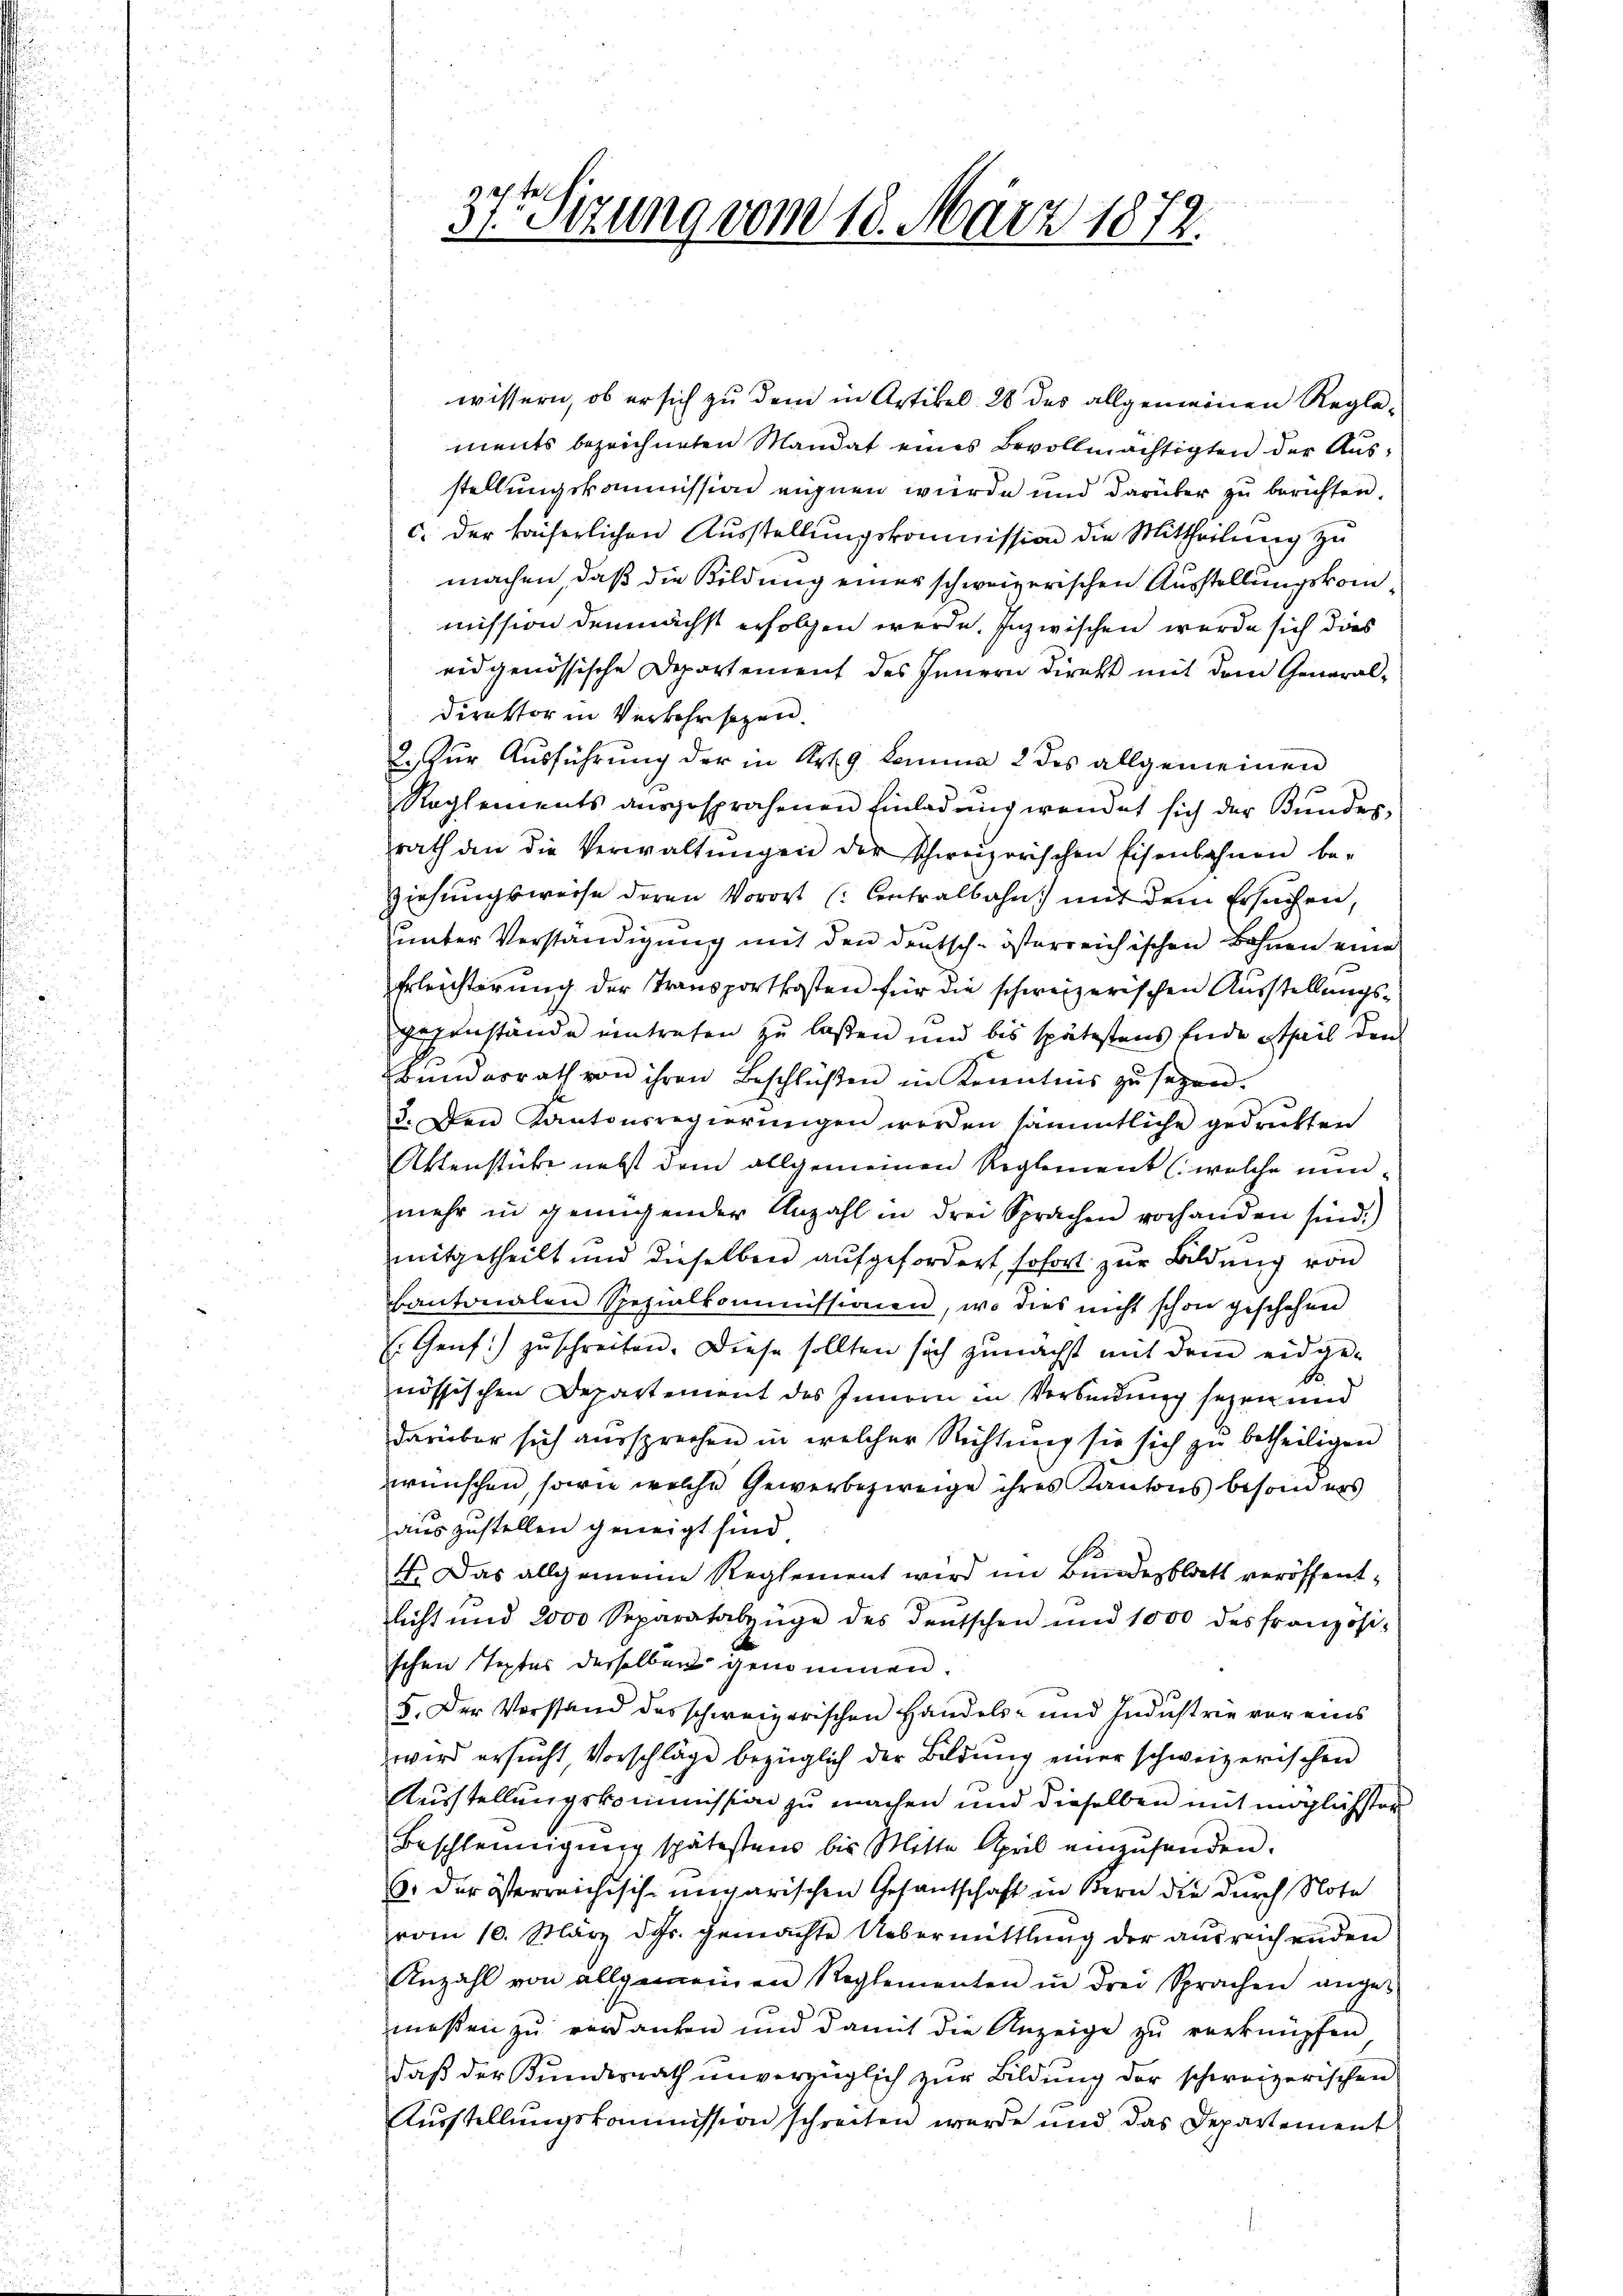
wissern, ob er sich zu dem in Artikel 28 des allgemeinen Regle-
ments bezeichneten Mandat eines Bevollmächtigten der Ausstellungskommission eignen wurde und darüber zu berichten,
c. der kaiserlichen Ausstellungskommission die Mittheilung zu
machen, daß die Bildung einer schweizerischen Ausstellungskom
mission demnächst erfolgen werde. Inzwischen werde sich dies
eidgenössische Departement des Innern direkt mit dem General¬
Direktor in Verkehrsezen.
2. für Aŭsführung der in Art. 9 komma 2 des allgemeinen
f.
Reglements aŭsgesprochenen Einladŭng wendet sich der Bundes,
srath an die Verwaltungen der schweizerischen Eisenbahnen be-
ziehungsweise deren Vorort (: Centralbahn mit dem Ersuchen,
unter Verständigung mit den deutsch-österreichischen Bahnen eine
Erleisterung der Transportkosten für die schweizerischen Ausstellungsgegenstände eintrafen zu laßen und bis spätestens Ende theil den
Bundesrath von ihren Beschlüßen in Kenntnis zu sagen.
3. Den Kantonsregierŭngen werden sämmtliche gedruckten
Aktenstücke nebst dem allgemeinen Reglement (welche minmehr in genügender Anzahl in drei Sprachen vorhanden sind.)
mitgetheilt und dieselben aufgefordert, sofort zur Bildung von
kantonalen Spezialkommissionen, wo dies nicht schon geschehen
E. Genf zu schreiben. Diese sollten sich zunächst mit dem eidge-
nössischen Departement des Innern in Versinnung seyen und
darüber sich aussprechen in welcher Richtung sie sich zu betheiligen
wünschen, sowie welche Gewerbezweige ihres Kantons besonders
auszustellen geneigt sind.
15
4. Das allgemeine Reglement wird im Bundesblatt veröffentlicht und 2000 Separatabzüge des deutschen und 1000 des französi-
schen Textes derselben genommen.
5. Der Vorstand des schweizerischen Handels- und Industrie vor eins
wird ersŭcht Vorschläge bezüglich der Bildung einer schweizerischen
Ausstellungskommission zu machen und dieselben mit möglichsten
Beschleunigung spätestens bis Mitte April einzuhanden.
6. der österreichische ungarischen Gesantschaft in Bern die durch Note
vom 10. März ds. gemachte Uebermittlung der ausreichenden
Anzahl von allgemeinen Reglementen in drei Sprachen ange-
meßen zu verdanken und damit die Anzeige zu verknüpfen
daß der Bundesrath unverzüglich zur Bildung der schweizerischen
Ausstellungskommission schreiten werde und das Departement

37. Sizung vom 18. März 1872.